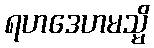
ရဟဒေဟမသ္မိ